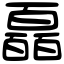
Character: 𤾩